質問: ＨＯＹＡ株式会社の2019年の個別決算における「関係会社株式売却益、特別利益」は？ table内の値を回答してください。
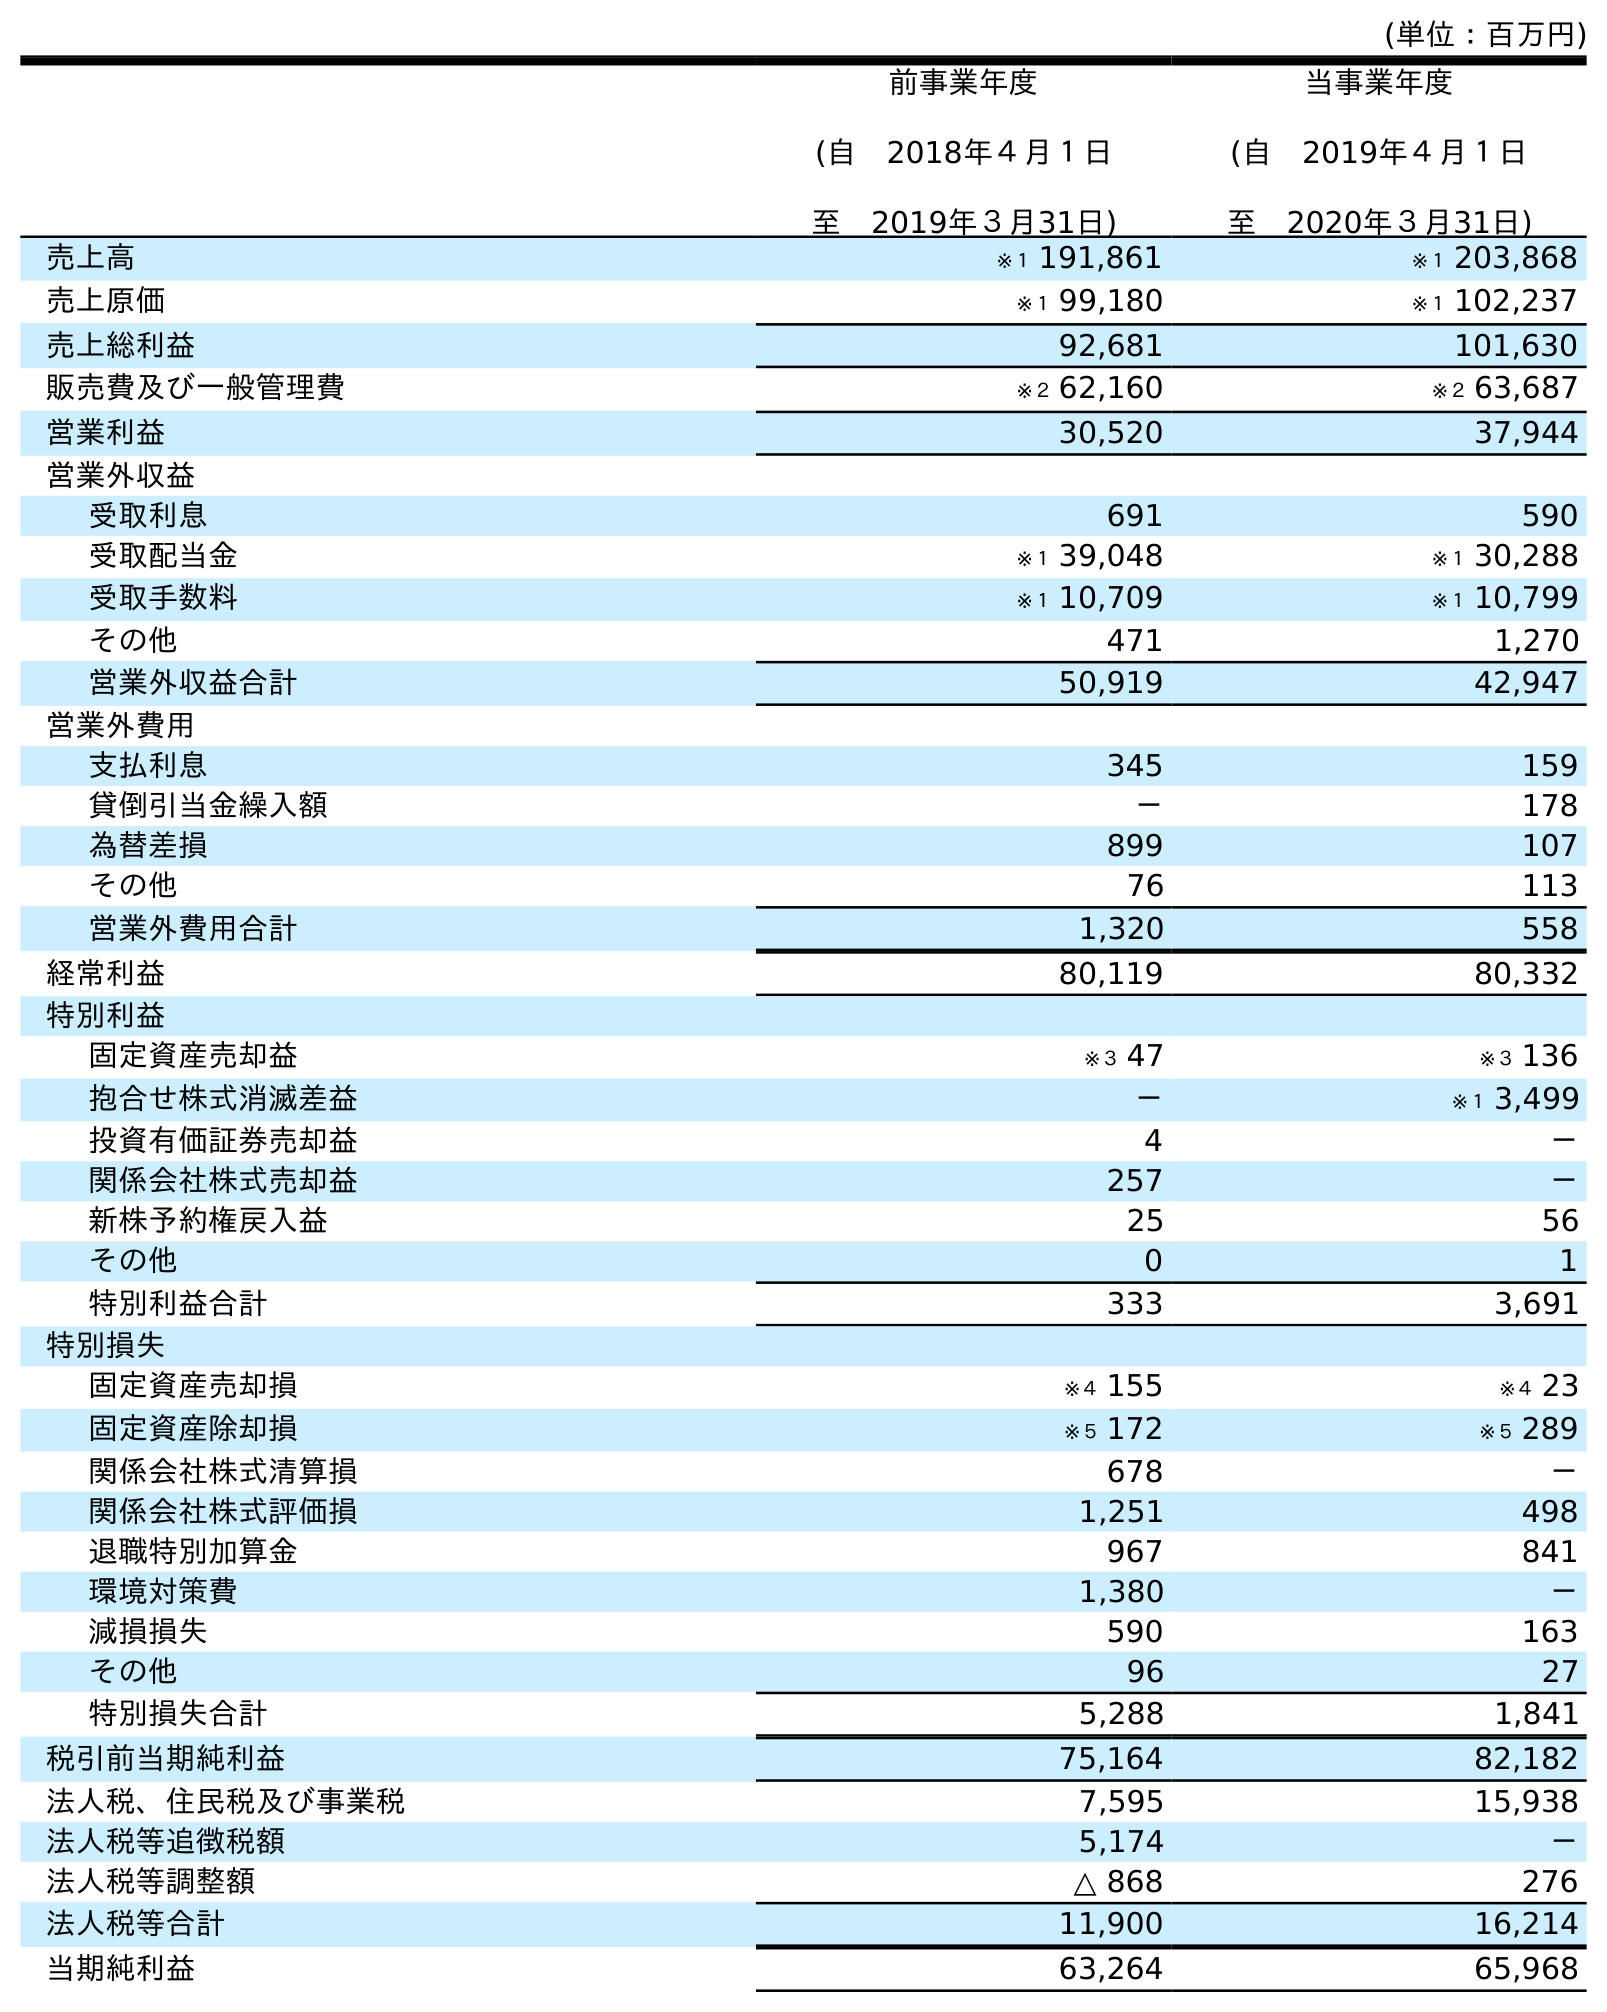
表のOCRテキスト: (単位：百万円) 前事業年度 (自 2018年４月１日 至 2019年３月31日) 当事業年度 (自 2019年４月１日 至 2020年３月31日) 売上高 ※１ 191,861 ※１ 203,868 売上原価 ※１ 99,180 ※１ 102,237 売上総利益 92,681 101,630 販売費及び一般管理費 ※２ 62,160 ※２ 63,687 営業利益 30,520 37,944 営業外収益 受取利息 691 590 受取配当金 ※１ 39,048 ※１ 30,288 受取手数料 ※１ 10,709 ※１ 10,799 その他 471 1,270 営業外収益合計 50,919 42,947 営業外費用 支払利息 345 159 貸倒引当金繰入額 － 178 為替差損 899 107 その他 76 113 営業外費用合計 1,320 558 経常利益 80,119 80,332 特別利益 固定資産売却益 ※３ 47 ※３ 136 抱合せ株式消滅差益 － ※１ 3,499 投資有価証券売却益 4 － 関係会社株式売却益 257 － 新株予約権戻入益 25 56 その他 0 1 特別利益合計 333 3,691 特別損失 固定資産売却損 ※４ 155 ※４ 23 固定資産除却損 ※５ 172 ※５ 289 関係会社株式清算損 678 － 関係会社株式評価損 1,251 498 退職特別加算金 967 841 環境対策費 1,380 － 減損損失 590 163 その他 96 27 特別損失合計 5,288 1,841 税引前当期純利益 75,164 82,182 法人税、住民税及び事業税 7,595 15,938 法人税等追徴税額 5,174 － 法人税等調整額 △ 868 276 法人税等合計 11,900 16,214 当期純利益 63,264 65,968
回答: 257